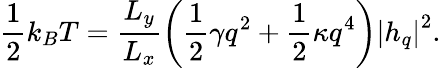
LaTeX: \frac{1}{2}{{k}_{B}}T=\frac{{{L}_{y}}}{{{L}_{x}}}\left(\frac{1}{2}\gamma{{q}^{2}}+\frac{1}{2}\kappa{{q}^{4}}\right){{\left|h_{q}\right|}^{2}}.